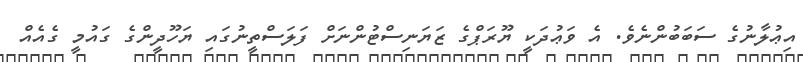
އިޢުލާނުގެ ސަބަބުންނެވެ. އެ ވަޢުދަކީ ޔޫރަޕްގެ ޒަޔަނިސްޓުންނަށް ފަލަސްތީނުގައި ޔަހޫދީންގެ ގައުމީ ގެއެއް